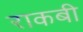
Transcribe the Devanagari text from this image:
राकबी